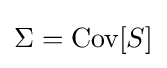
\Sigma =\operatorname {Cov} [S]